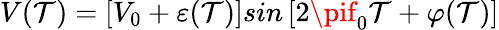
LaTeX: V(\mathcal{T})=\left[V_{0}+\varepsilon(\mathcal{T})\right]sin\left[2\pif_{0}\mathcal{T}+\varphi(\mathcal{T})\right]